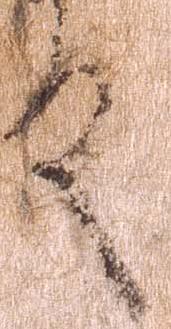
殿